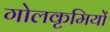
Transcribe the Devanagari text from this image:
गोलकृमियों